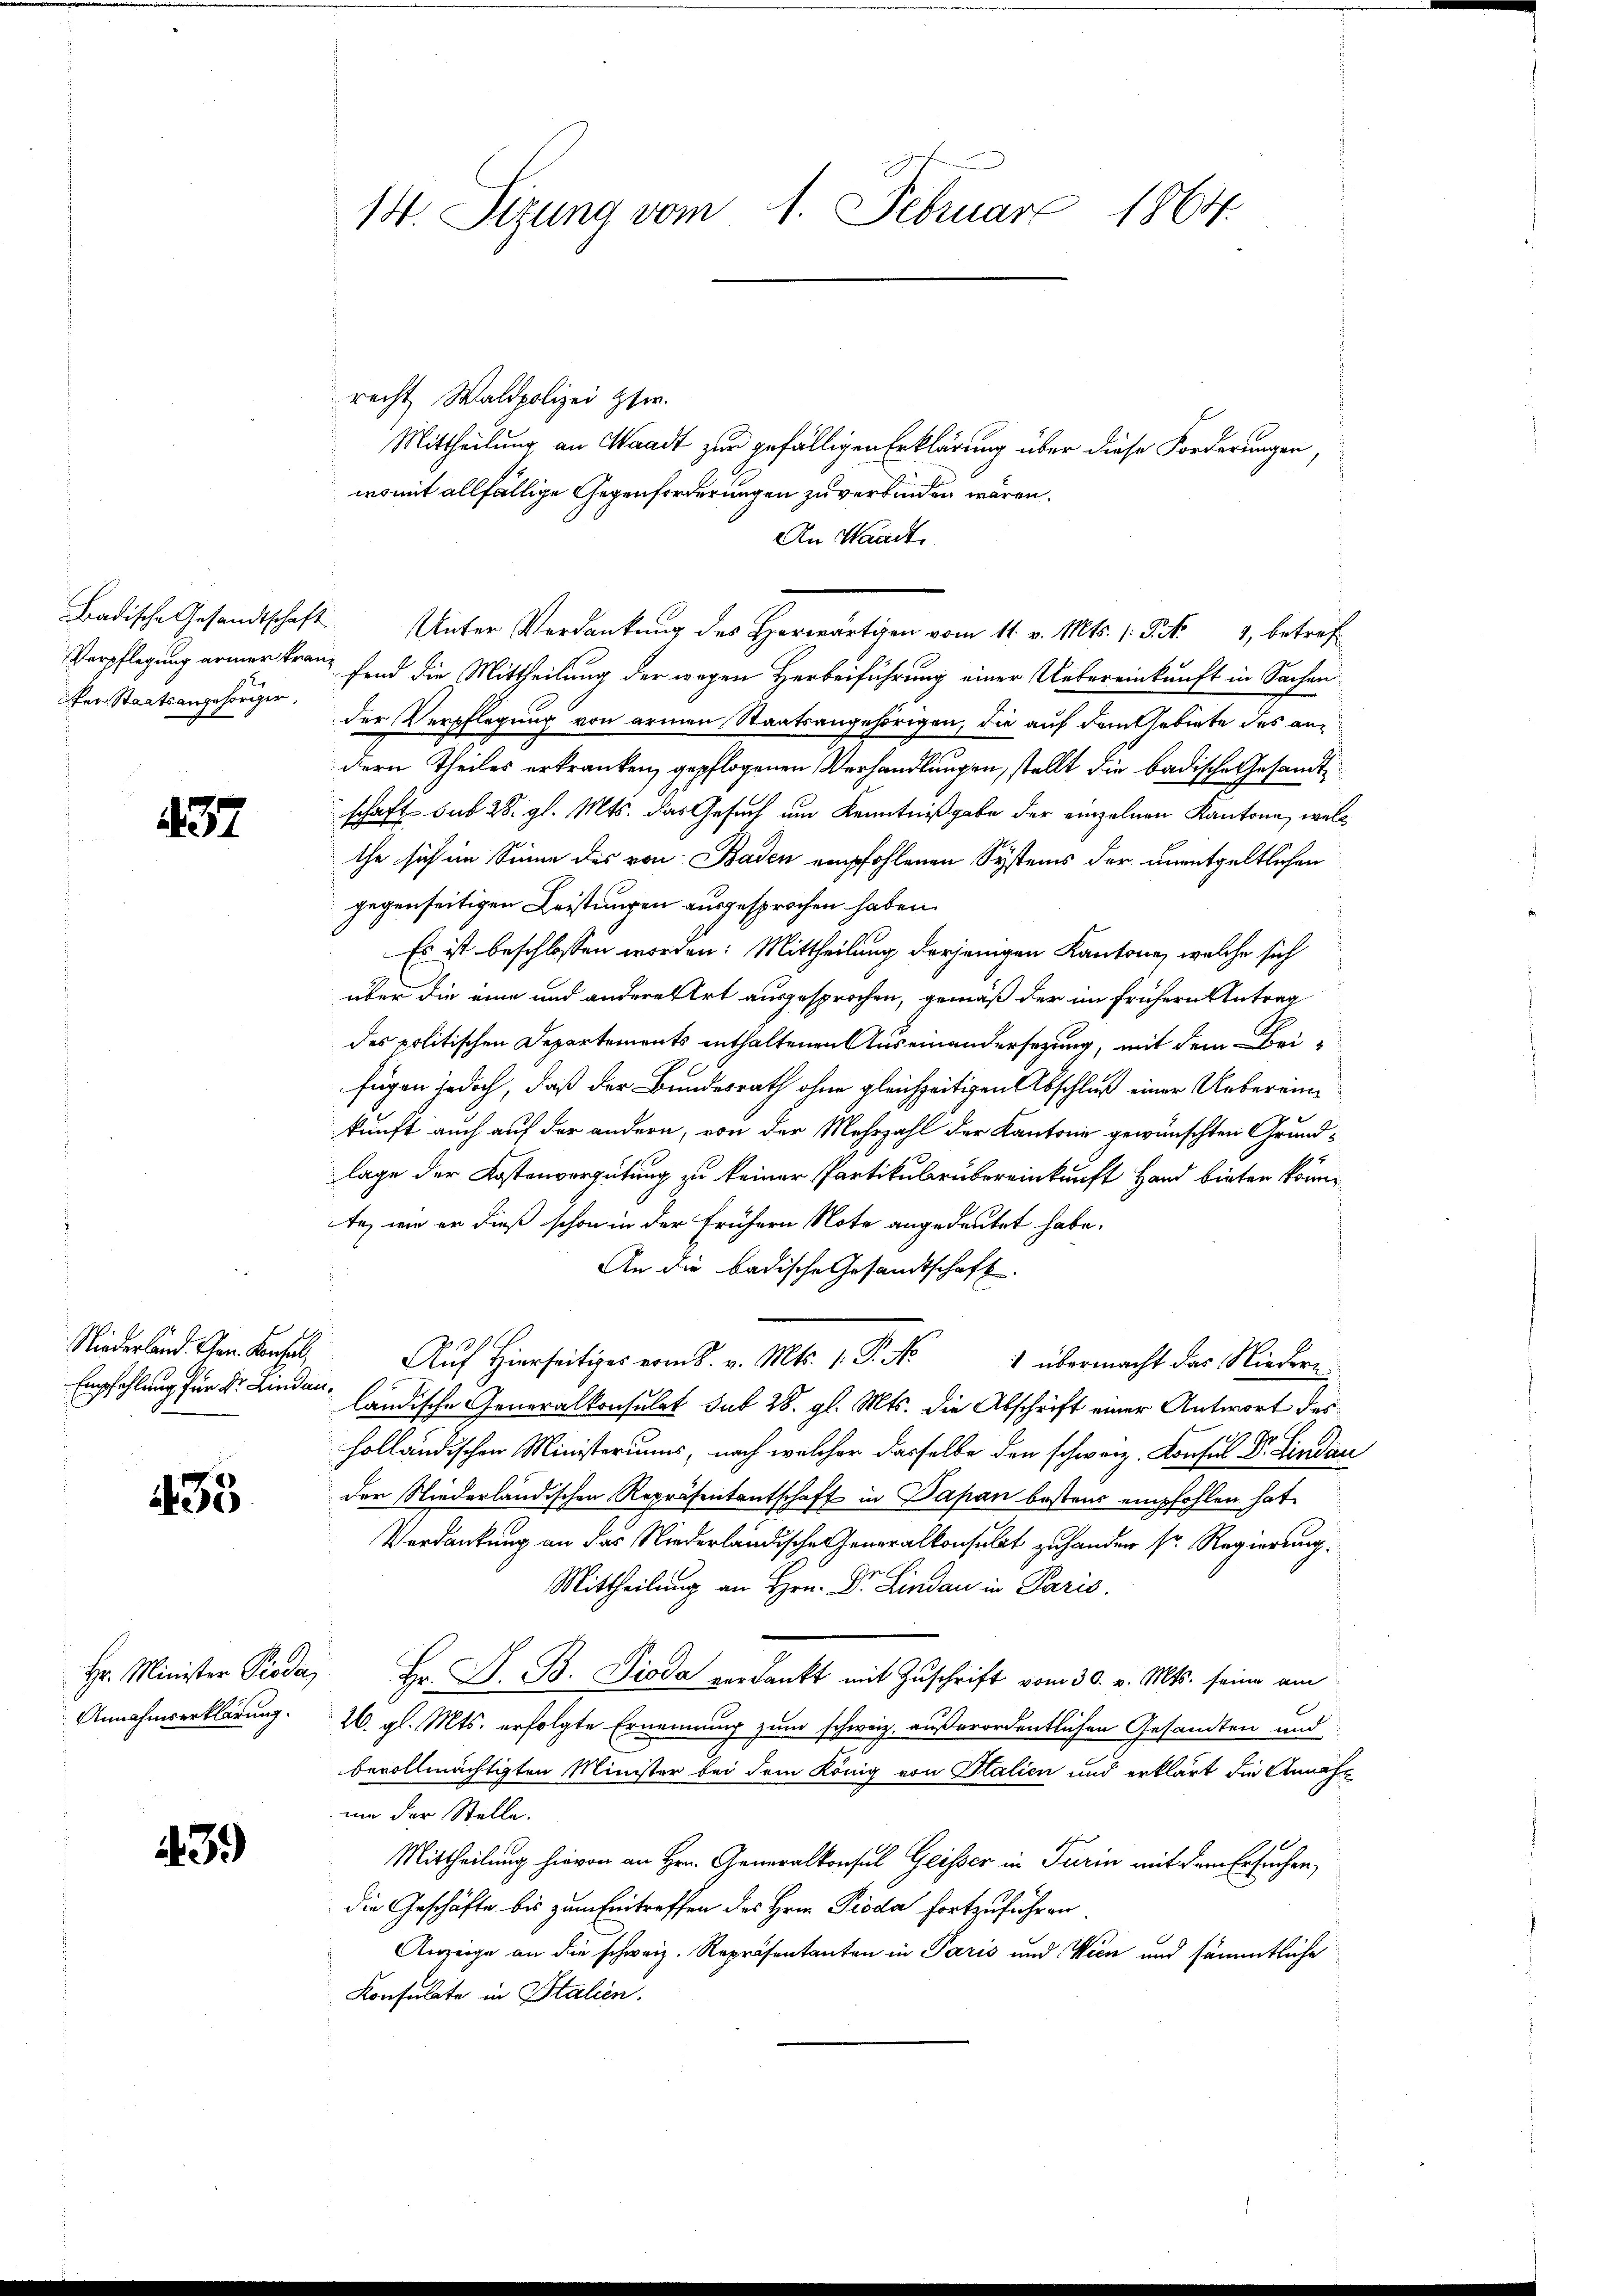
her Staatsangehöriger,

437

Niederland. Ehrn. Kanal,
Empfehlung für Dr. Lindau¬

435

Annahmserklärung.

43.)

14. Sizung vom 1. Februar 1864.

recht Waldpolizei Her
Mittheilung an Waadt zur gefälligen Erklärung über diese Forderungen,
womit allfällige Gegenforderungen zu verbinden wären.
An Waadt,
Badische Gesandtschaft. Unter Verdankŭng des Horwärtigen vom 11. v. Mts. 1. Fr. 4, betref
Verpflegung armer kranz sind die Mittheilung der wegen Herbeiführung einer Uebereinkunft in Sachen
der Verpflegung von armen Staatsangehörigen, die auf dem Gebiete des andern Theiles erkranken, gepflogenen Verhandlungen, stellt die badische Gesandtschaft sub 28. gl. Mts. das Gesuch um Kenntnißgabe der einzelnen Kantone, welc
the sich im Sinne des von Baden empfohlenen Systems der unentgeltlichen
gegenseitigen Leistungen ausgesprochen haben.
Es ist beschlossen worden: Mittheilung derjenigen Kantone, welche sich
über die eine und andere Art ausgesprochen, gemäß der im frühern Antrag
des politischen Departements enthaltenen Auseinandersezung, mit dem Beifügen jedoch, daß der Bundesrath ohne gleichzeitigen Abschluß einer Uebereinkunft auch auf der andern, von der Mehrzahl der Kantone gewünschten Grundlage der Kostenvergütung zu keiner Partikulrübereinkunft Hand bieten könne
te, wie er dieß schon in der frühern Note angedeutet habe.
An die badische Gesandtschaft.
Auf Hierseitiges vom 28. v. Mts. 1. P. No 4 übermacht das Niederländische Generalkonsulat sub 28. gl. Mts. die Abschrift einer Antwort des
holländischen Ministeriums, nach welcher dasselbe den schweiz. Konsul Dr. Lindau
der Niederländischen Repräsentantschaft in Dapan bestens empfohlen hat,
Verdankung an das Niederländische Generalkonsulat zu handen sr. Regierung.
Mittheilung an Hrn. Dr. Lindau in Paris.
Hr. Minister Pioda Hr. J. B. Pioda verdankt mit Zuschrift vom 30. v. Mts. seine am
26. gl. Mts. erfolgte Ernennung zum schweiz. außerordentlichen Gesandten und
bevollmächtigten Minister bei dem König von Italien und erklärt die Annahm
mme der Stelle.
Mittheilung hievon an Hrn. Generalkonsul Geisser in Turin mit dem Ersuchen,
die Geschäfte bis zum Eintreffen des Hrn. Pioda fortzuführen.
Anzeige an die schweiz. Repräsentanten in Paris und Wien und sämmtliche
Konsulate in Stalien.